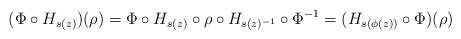
LaTeX: \begin{align*}(\Phi\circ H_{s(z)})(\rho)= \Phi\circ H_{s(z)} \circ \rho \circ H_{s(z)^{-1}} \circ \Phi^{-1} =(H_{s(\phi(z))} \circ \Phi) (\rho)\end{align*}